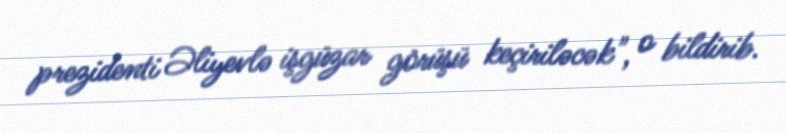
prezidenti Əliyevlə işgüzar görüşü keçiriləcək", o bildirib.